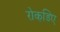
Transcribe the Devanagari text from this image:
रोकडि़ए